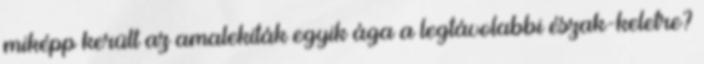
miképp került az amalekiták egyik ága a legtávolabbi észak-keletre?